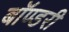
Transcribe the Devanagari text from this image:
बॉण्डरी